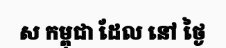
ស កម្ពុជា ដែល នៅ ថ្ងៃ